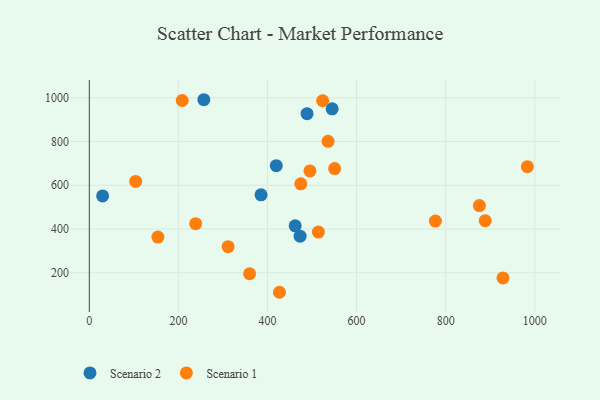
{"axis": {"x": "Ad Spend", "y": "Salary"}, "legend": ["Scenario 1", "Scenario 2"], "data": [{"x": "488.8", "y": 927.4, "type": "Scenario 2"}, {"x": "545.1", "y": 949.4, "type": "Scenario 2"}, {"x": "473.2", "y": 367.3, "type": "Scenario 2"}, {"x": "257.1", "y": 991.0, "type": "Scenario 2"}, {"x": "419.7", "y": 689.6, "type": "Scenario 2"}, {"x": "462.2", "y": 414.4, "type": "Scenario 2"}, {"x": "385.5", "y": 556.1, "type": "Scenario 2"}, {"x": "29.9", "y": 551.4, "type": "Scenario 2"}, {"x": "888.8", "y": 438.2, "type": "Scenario 1"}, {"x": "238.7", "y": 424.4, "type": "Scenario 1"}, {"x": "928.6", "y": 176.3, "type": "Scenario 1"}, {"x": "875.7", "y": 506.9, "type": "Scenario 1"}, {"x": "983.4", "y": 684.7, "type": "Scenario 1"}, {"x": "153.9", "y": 362.9, "type": "Scenario 1"}, {"x": "495.3", "y": 665.6, "type": "Scenario 1"}, {"x": "523.8", "y": 986.4, "type": "Scenario 1"}, {"x": "359.8", "y": 195.3, "type": "Scenario 1"}, {"x": "474.7", "y": 606.6, "type": "Scenario 1"}, {"x": "208.6", "y": 987.4, "type": "Scenario 1"}, {"x": "514.2", "y": 385.9, "type": "Scenario 1"}, {"x": "104.1", "y": 617.5, "type": "Scenario 1"}, {"x": "550.8", "y": 676.4, "type": "Scenario 1"}, {"x": "426.8", "y": 110.7, "type": "Scenario 1"}, {"x": "776.9", "y": 436.4, "type": "Scenario 1"}, {"x": "536.0", "y": 800.9, "type": "Scenario 1"}, {"x": "311.6", "y": 319.1, "type": "Scenario 1"}]}